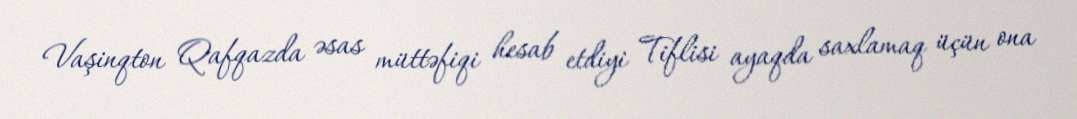
Vaşinqton Qafqazda əsas müttəfiqi hesab etdiyi Tiflisi ayaqda saxlamaq üçün ona